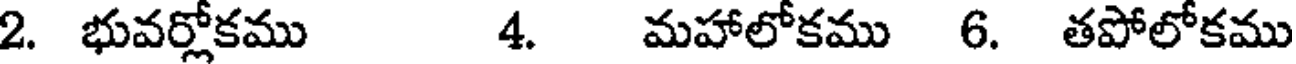
2. భువర్లోకము 4. మహాలోకము 6. తపోలోకము